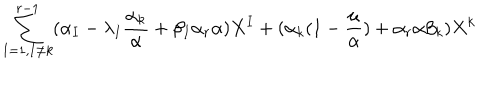
LaTeX: \sum _ { I = 1 , I \not = k } ^ { r - 1 } ( \alpha _ { I } - \lambda _ { I } \frac { \alpha _ { k } } { \alpha } + \beta _ { I } \alpha _ { r } \alpha ) X ^ { I } + ( \alpha _ { k } ( 1 - \frac { \mu } { \alpha } ) + \alpha _ { r } \alpha \beta _ { k } ) X ^ { k }